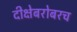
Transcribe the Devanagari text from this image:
दीक्षेबरोबरच